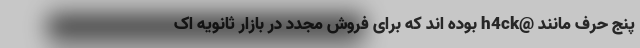
پنج حرف مانند @h4ck بوده اند که برای فروش مجدد در بازار ثانویه اک